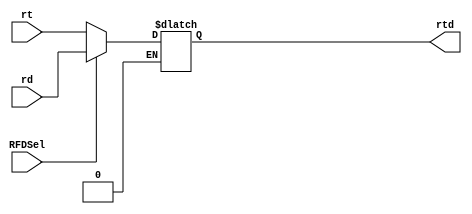
`timescale 1ns / 1ps
//////////////////////////////////////////////////////////////////////////////////
// Company: 
// Engineer: 
// 
// Design Name: 
// Module Name: RTDmux
// Project Name: 
// Target Devices: 
// Tool Versions: 
// Description: 
// 
// Dependencies: 
// 
// Revision:
// Revision 0.01 - File Created
// Additional Comments:
// 
//////////////////////////////////////////////////////////////////////////////////


module RTDmux(
input [4:0]rt, 
    rd, 
   input RFDSel,
    output reg [4:0] rtd
    );
    
always @(*)
begin
    if(RFDSel == 1'b0)
        rtd = rt;
    else if(RFDSel == 1'b1)
        rtd = rd;
    else if(RFDSel == 1'bx)
        rtd = rtd;
    end
endmodule